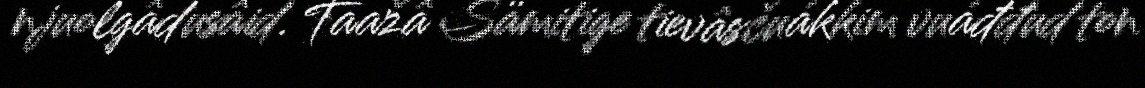
njuolgâdusâid. Taažâ Sämitige tievâsčuákkim vuáđđud ton